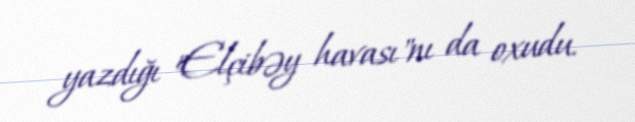
yazdığı "Elçibəy havası"nı da oxudu.